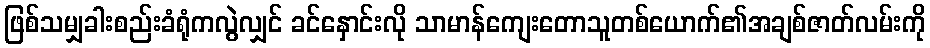
ဖြစ်သမျှခါးစည်းခံရုံကလွဲလျှင် ခင်နှောင်းလို သာမာန်ကျေးတောသူတစ်ယောက်၏အချစ်ဇာတ်လမ်းကို